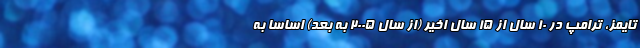
تایمز، ترامپ در 10 سال از 15 سال اخیر (از سال 2005 به بعد) اساسا به